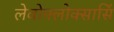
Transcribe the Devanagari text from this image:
लेवोफ्लोक्सासिं